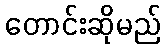
တောင်းဆိုမည်